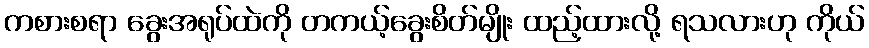
ကစားစရာ ခွေးအရုပ်ထဲကို တကယ့်ခွေးစိတ်မျိုး ထည့်ထားလို့ ရသလားဟု ကိုယ်